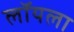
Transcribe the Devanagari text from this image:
लॉयला